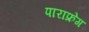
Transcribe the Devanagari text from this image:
पाराफ्रेग